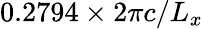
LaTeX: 0.2794\times 2\pi c/L_{x}